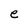
Character: e